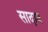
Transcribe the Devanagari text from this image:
सादाब